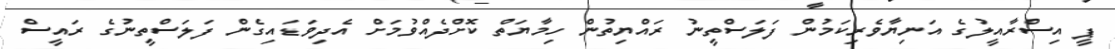
ޕީ އިސްރާއީލުގެ އަނިޔާވެރިކަމުން ފަލަސްތީނު ރައްޔިތުން ހިމާޔަތް ކޮށްދެއްވުމަށް އެދިވަޑައިގެން ފަލަސްތީނުގެ ރައީސް